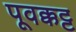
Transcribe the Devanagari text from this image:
पूवक्कट्ट